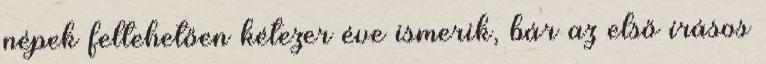
népek feltehetően kétezer éve ismerik, bár az első írásos